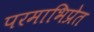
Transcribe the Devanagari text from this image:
परमाभिप्रेत